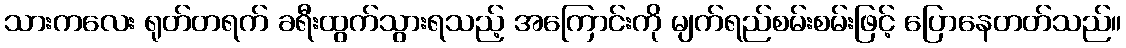
သားကလေး ရုတ်တရက် ခရီးထွက်သွားရသည့် အကြောင်းကို မျက်ရည်စမ်းစမ်းဖြင့် ပြောနေတတ်သည်။